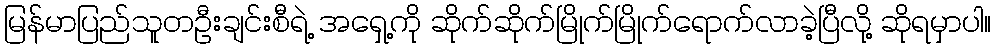
မြန်မာပြည်သူတဦးချင်းစီရဲ့ အရှေ့ကို ဆိုက်ဆိုက်မြိုက်မြိုက်ရောက်လာခဲ့ပြီလို့ ဆိုရမှာပါ။